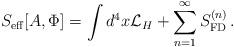
LaTeX: \begin{align*}S_{\rm eff}[A, \Phi] = \int d^4 x {\mathcal L}_H + \sum_{n=1}^{\infty} S_{\rm FD}^{(n)}\, .\end{align*}